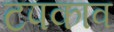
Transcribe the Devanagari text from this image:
टपकाव